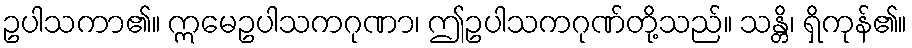
ဥပါသကာ၏။ ဣမေဥပါသကဂုဏာ၊ ဤဥပါသကဂုဏ်တို့သည်။ သန္တိ၊ ရှိကုန်၏။